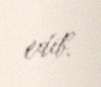
edib.